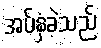
အပ်နှံခဲ့သည်